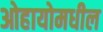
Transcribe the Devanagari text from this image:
ओहायोमधील